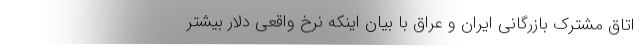
اتاق مشترک بازرگانی ایران و عراق با بیان اینکه نرخ واقعی دلار بیشتر